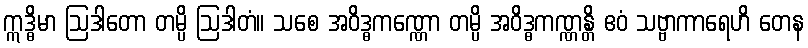
ဣဒ္ဓိမာ ဩဒါတော တမ္ပိ ဩဒါတံ။ သစေ အဝိဒ္ဓကဏ္ဏော တမ္ပိ အဝိဒ္ဓကဏ္ဏန္တိ ဧဝံ သဗ္ဗာကာရေဟိ တေန